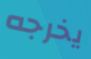
يخرجه